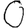
Digit: 0